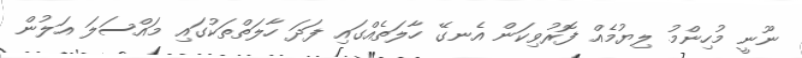
ނޫނީ މުހިންމު ލިޔުމެއް ފޮރުވިކަން އެނގޭ ހާލަތެއްގައި ފަދަ ހާލަތްތަކުގައި މައްސަލަ އަލުން